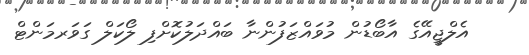
އެލްޖީއޭގެ އާބޯޑުން މުވައްޒަފުންނާ ބައްދަލުކޮށްފި ލޯކަލް ގަވަރމަންޓް